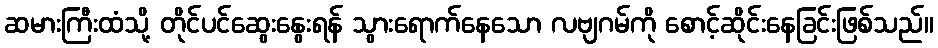
ဆမားကြီးထံသို့ တိုင်ပင်ဆွေးနွေးရန် သွားရောက်နေသော လဗျဂမ်ကို စောင့်ဆိုင်းနေခြင်းဖြစ်သည်။